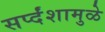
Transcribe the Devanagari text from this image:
सर्प्दंशामुळे